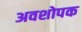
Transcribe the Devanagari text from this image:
अवशोपक